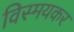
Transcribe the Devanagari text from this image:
विस्मयकर